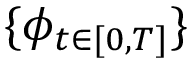
\{ { \phi } _ { t \in [ 0 , T ] } \}